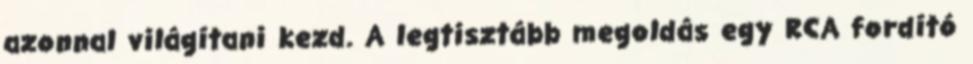
azonnal világítani kezd. A legtisztább megoldás egy RCA fordító